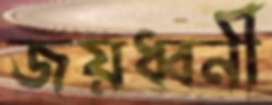
জয়ধ্বনী